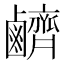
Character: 𪊆